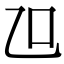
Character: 𠮞